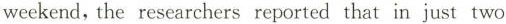
weekend,the researchers reported that in just two